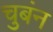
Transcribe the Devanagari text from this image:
चुबंन